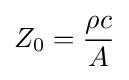
Z_{0}={\frac {\rho c}{A}}